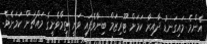
އެންމެ މައިގަނޑު ދާއިރާ ކަމަށް ޓޫރިޒަމް ބިނާވެފައި ވަނީ ތިމާވެށީގެ މައްޗަށް ކަމަށެވެ.